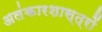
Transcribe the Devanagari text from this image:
अलंकारशास्त्रों